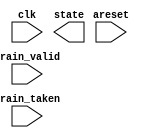
// Build a two-bit saturating counter.

// The counter increments (up to a maximum of 3) when train_valid = 1 and train_taken = 1. It decrements (down to a minimum of 0) when train_valid = 1 and train_taken = 0. When not training (train_valid = 0), the counter keeps its value unchanged.

// areset is an asynchronous reset that resets the counter to weakly not-taken (2'b01). Output state[1:0] is the two-bit counter value.

module top_module(
    input clk,
    input areset,
    input train_valid,
    input train_taken,
    output [1:0] state
);

	// Insert your code here

endmodule